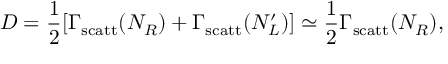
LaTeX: D = \frac { 1 } { 2 } [ \Gamma _ { \mathrm { s c a t t } } ( N _ { R } ) + \Gamma _ { \mathrm { s c a t t } } ( N _ { L } ^ { \prime } ) ] \simeq \frac { 1 } { 2 } \Gamma _ { \mathrm { s c a t t } } ( N _ { R } ) ,